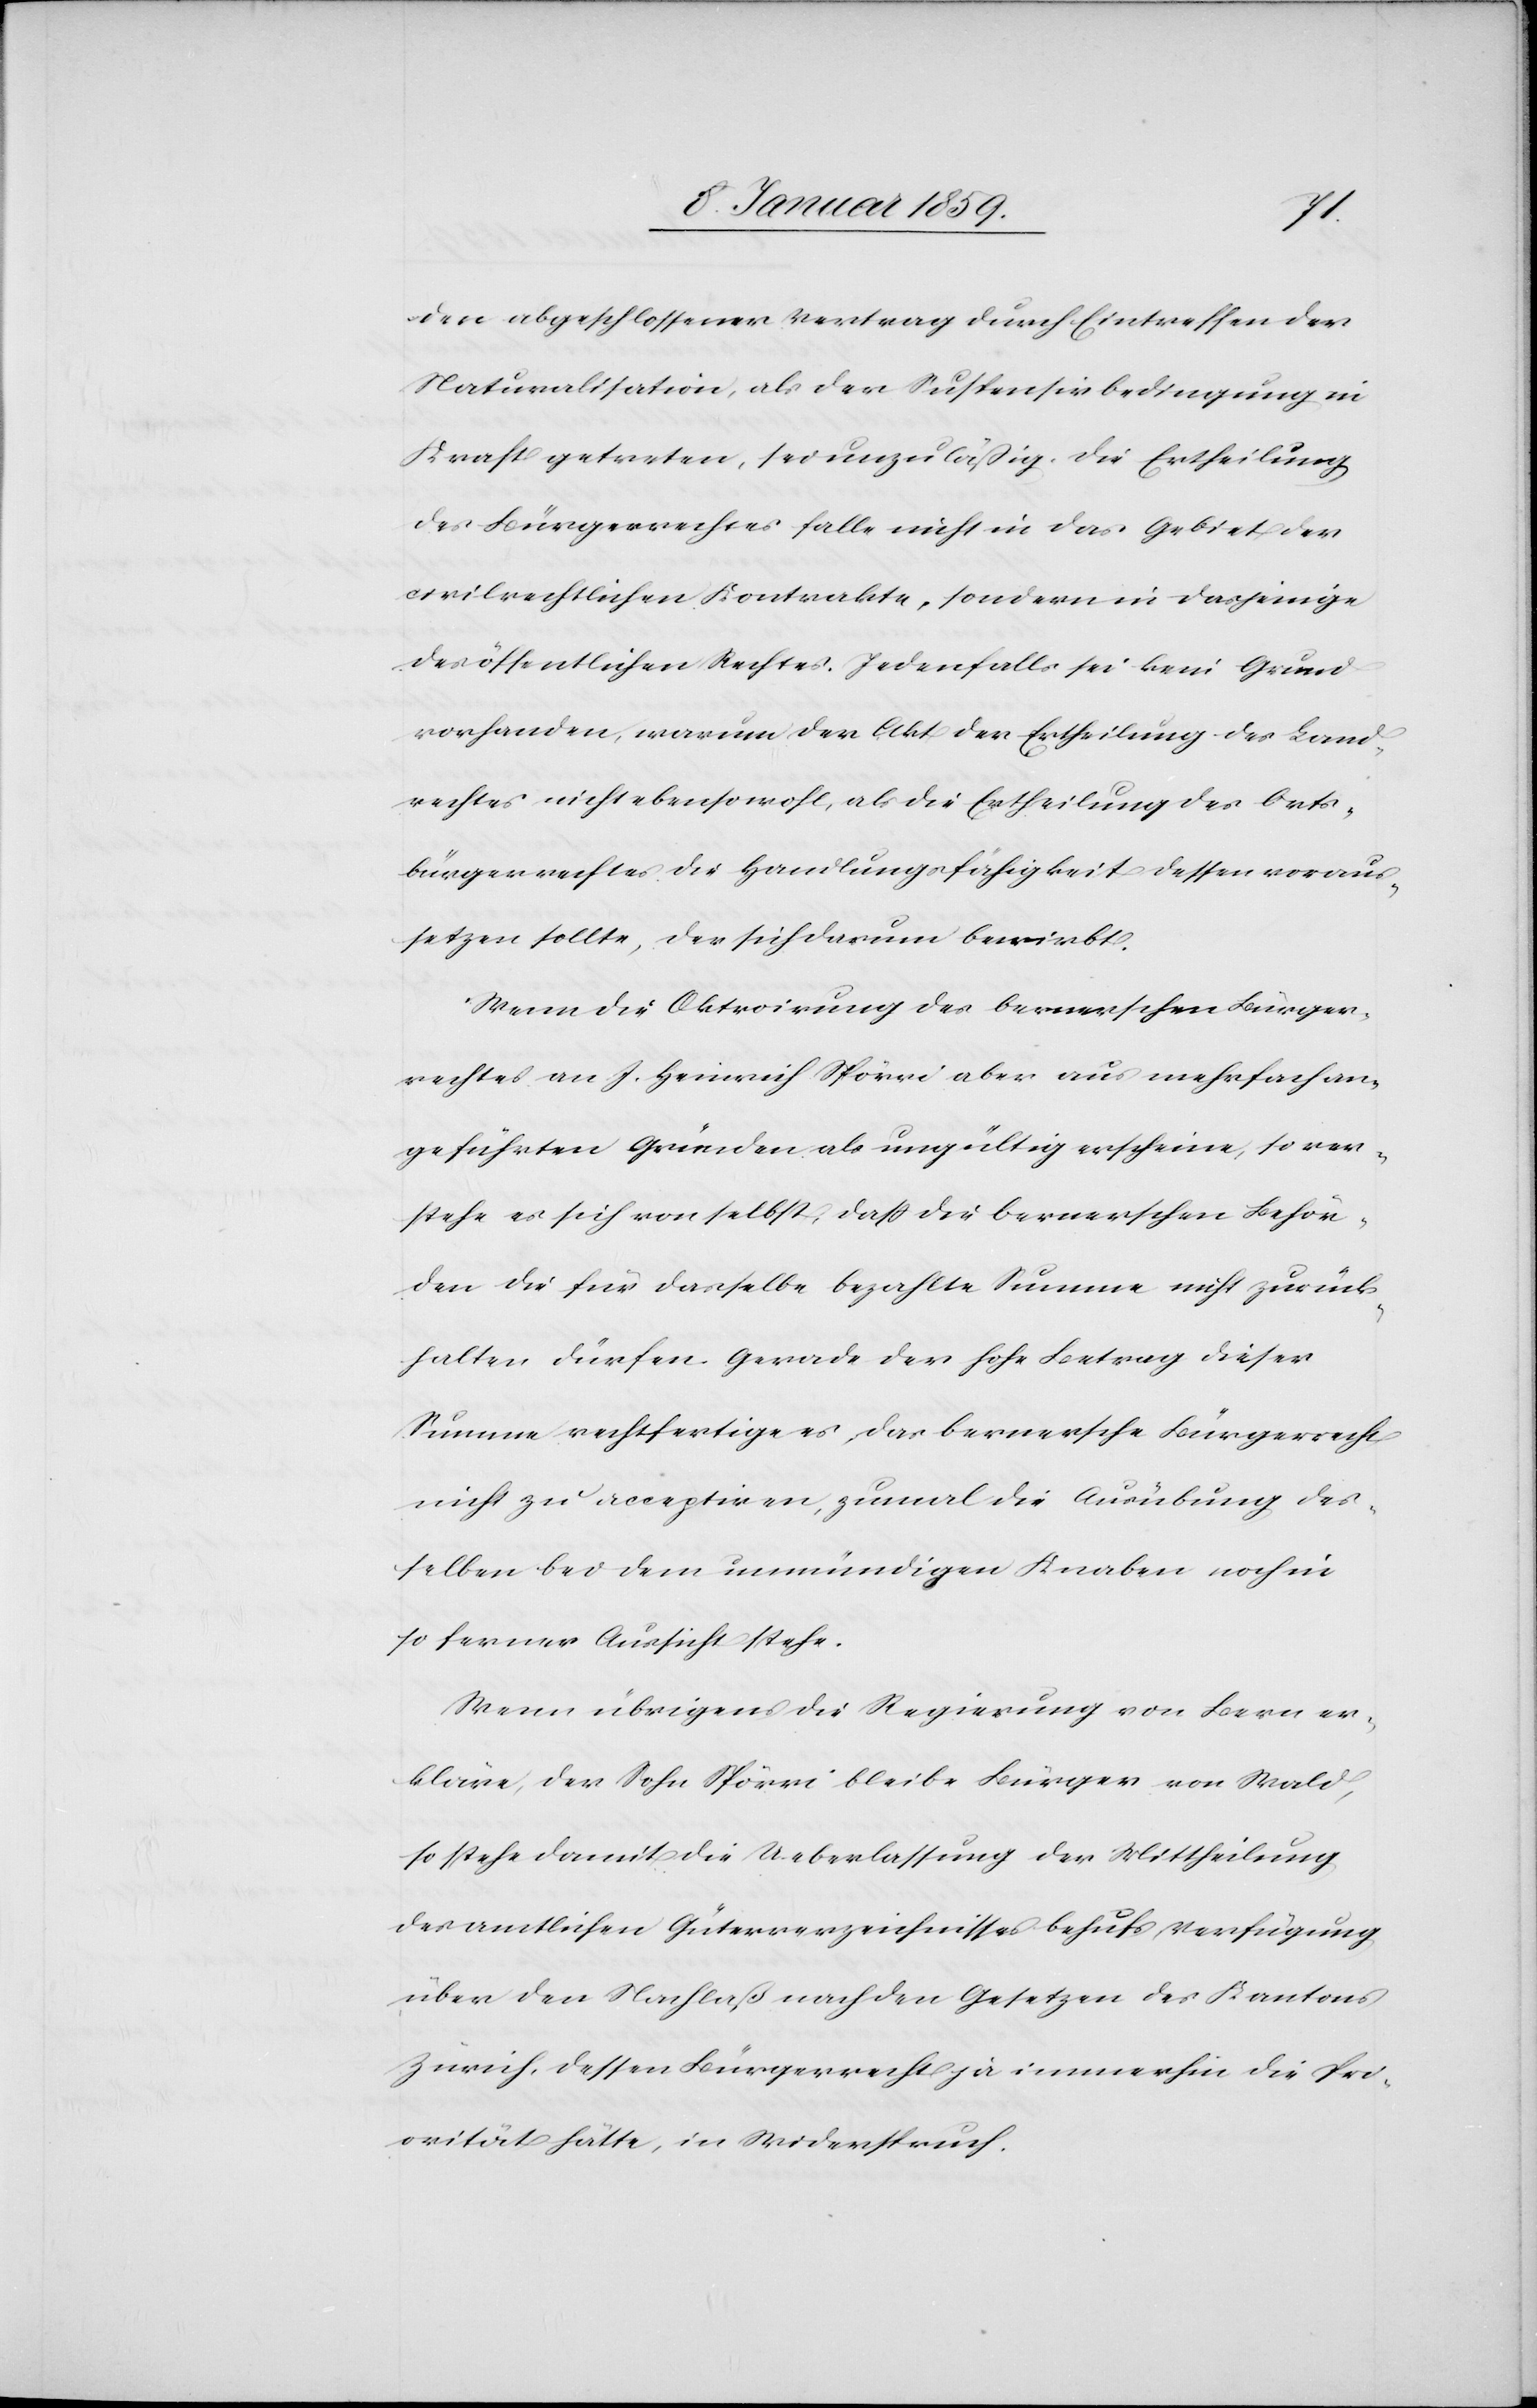
den abgeschlossener Vertrag durch Eintreffen der
Naturalisation, als der Suspensivbedingung in
Kraft getreten, sei unzuläßig. Die Ertheilung
des Bürgerrechtes falle nicht in das Gebiet der
civilrechtlichen Kontrakte, sondern in dasjenige
des öffentlichen Rechtes. Jedenfalls sei kein Grund
vorhanden, warum der Akt der Ertheilung des Land¬
rechtes nicht ebensowohl, als die Ertheilung des Orts¬
bürgerrechtes die Handlungsfähigkeit dessen voraus¬
setzen sollte, der sich darum bewirbt.
Wenn die Oktroirung des bernerschen Bürger¬
rechtes an J. Heinrich Spörri aber aus mehrfach an¬
geführten Gründen als ungültig erscheine, so ver¬
stehe es sich von selbst; daß die bernerschen Behör¬
den die für dasselbe bezahlte Summe nicht zurück¬
halten dürfen. Gerade der hohe Betrag dieser
Summe rechtfertige es, das bernersche Bürgerrecht
nicht zu acceptiren, zumal die Ausübung des¬
selben bei dem unmündigen Knaben noch in
so ferner Aussicht stehe.
Wenn übrigens die Regierung von Bern er¬
kläre, der Sohn Spörri bleibe Bürger von Wald,
so stehe damit die Ueberlassung der Mittheilung
des amtlichen Güterverzeichnisses behufs Verfügung
über den Nachlaß nach den Gesetzen des Kantons
Zürich, dessen Bürgerrecht ja immerhin die Pri¬
orität hätte, in Widerspruch.